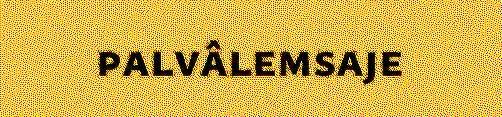
palvâlemsaje